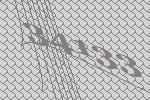
34133